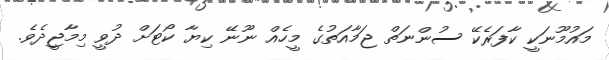
މައުމޫނަކީ ކާފަރެކޭ ސުންނަތް ޖަމާއަތުގެ މީހެއް ނޫނޭ ކިޔާ ކޯޓަށް ދުވީ މިމާޖީދެވެ.